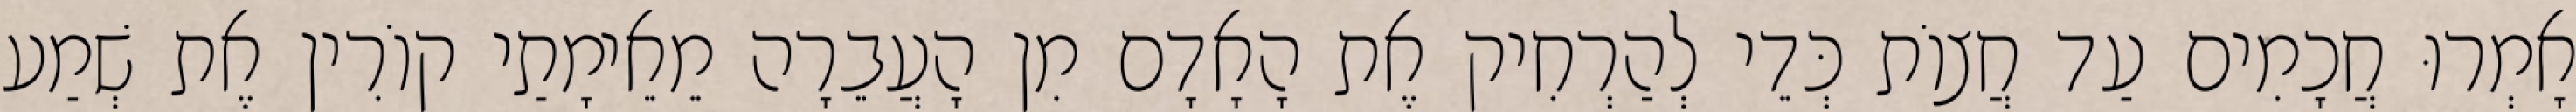
אָמְרוּ חֲכָמִים עַד חֲצוֹת כְּדֵי לְהַרְחִיק אֶת הָאָדָם מִן הָעֲבֵרָה מֵאֵימָתַי קוֹרִין אֶת שְׁמַע